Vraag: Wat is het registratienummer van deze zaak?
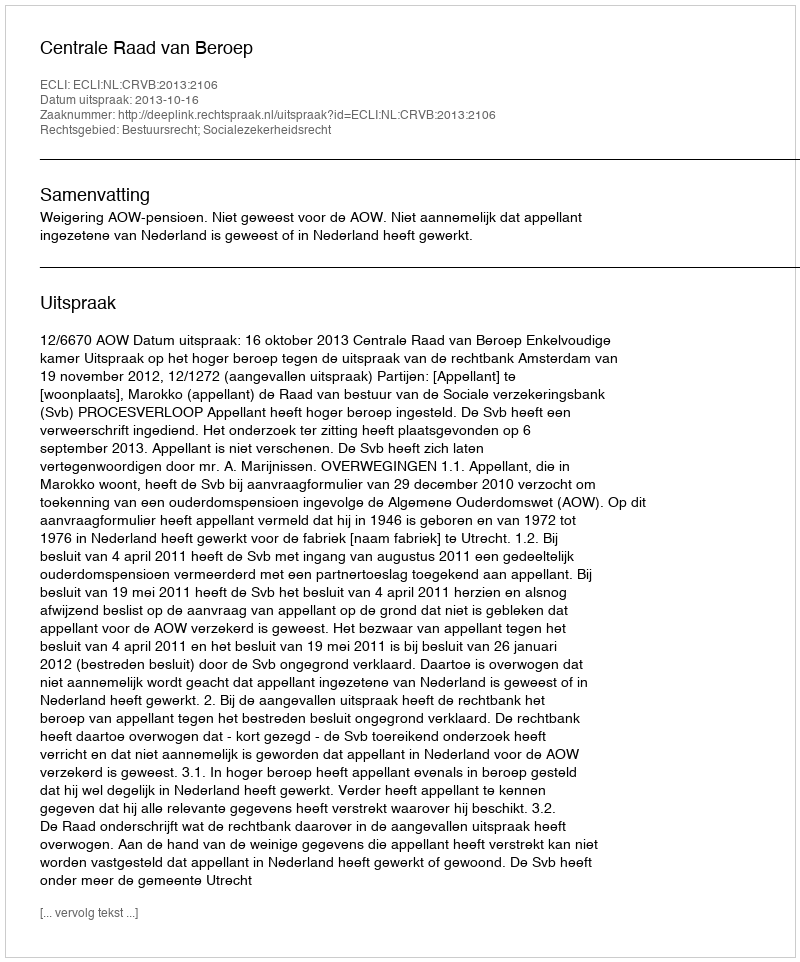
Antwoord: http://deeplink.rechtspraak.nl/uitspraak?id=ECLI:NL:CRVB:2013:2106